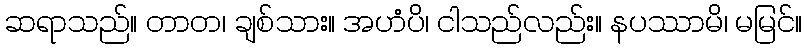
ဆရာသည်။ တာတ၊ ချစ်သား။ အဟံပိ၊ ငါသည်လည်း။ နပဿာမိ၊ မမြင်။